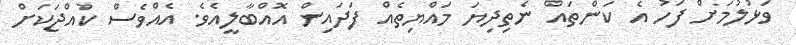
ވަޅުލުމަށް ފަހު އެ ކަންތައް ނެތިދިޔަ މައްޔިތެއް ފަދައިން އޮއްބާލީއެވެ. އެއްވެސް ކުއްޖަކަށް